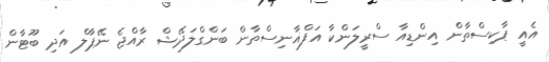
އެއީ ޕާކިސްތާން އިންޑިއާ ސްރީލަންކާ އަފްޣާނިސްތާން ބަންގްލަދޭޝް ރާއްޖެ ނޭޕާލް އަދި ބޫޓާން